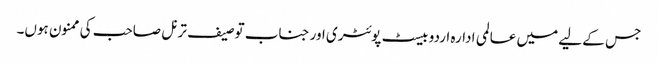
جس کے لیے میں عالمی ادارہ اردو بیسٹ پوئٹری اور جناب توصیف ترنل صاحب کی ممنون ہوں۔